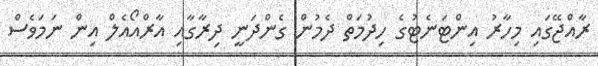
ރާއްޖޭގައި މިހާރު އިންޓަނެޓުގެ ހިދުމަތް ދެމުން ގެންދަނީ ދިރާގާއި އާރްއޯއެލް އިން ނަމަވެސް